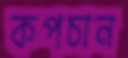
কপচান